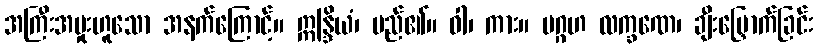
အကြီးအမှုးဟူသော အနက်ကြောင့်။ ဣန္ဒြိယံ၊ မည်၏။ ဝါ၊ ကား။ ပဂ္ဂဟ လက္ခဏေ၊ ချီးမြှောက်ခြင်း